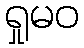
ရှုမဝ